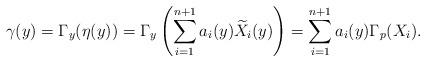
LaTeX: \begin{align*}\gamma(y) = \Gamma_y(\eta(y)) = \Gamma_y \left(\sum_{i=1}^{n+1} a_i(y) \widetilde{X}_i (y) \right) = \sum_{i=1}^{n+1} a_i(y) \Gamma_p(X_i).\end{align*}